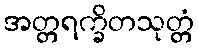
အတ္တရက္ခိတသုတ္တံ